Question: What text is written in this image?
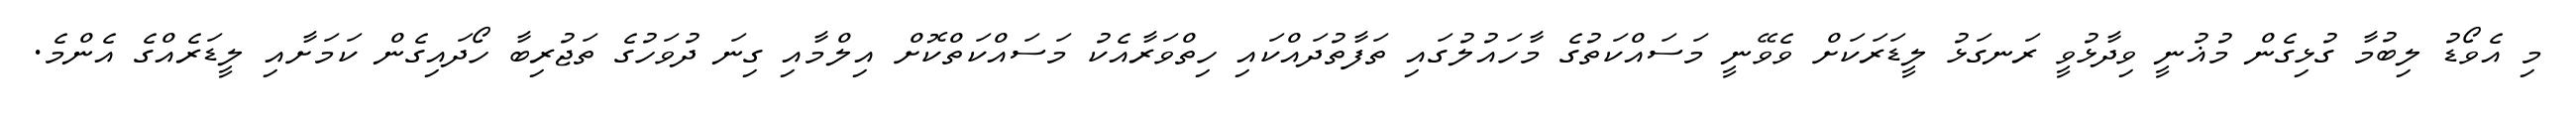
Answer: މި އެވޯޑު ލިބުމާ ގުޅިގެން މުޣުނީ ވިދާޅުވީ ރަނގަޅު ލީޑަރަކަށް ވެވޭނީ މަސައްކަތުގެ މާހައުލުގައި ތަފާތުދައްކައި ހިތްވަރާއެކު މަސައްކަތްކޮށް އިލްމާއި ގިނަ ދުވަހުގެ ތަޖުރިބާ ހޯދައިގެން ކަމަށާއި ލީޑަރެއްގެ އެންމެ.